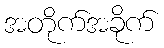
အတိုက်အခိုက်